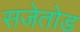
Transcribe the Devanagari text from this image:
सजेतोड